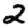
Digit: 2